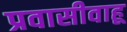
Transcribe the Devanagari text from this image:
प्रवासीवाहू